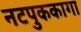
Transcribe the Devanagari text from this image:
नटपुककागा